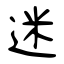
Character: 迷